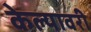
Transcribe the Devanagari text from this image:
केल्यावरी